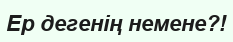
Ер дегенің немене?!